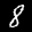
Label: 8